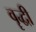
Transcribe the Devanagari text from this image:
वॄद्धी